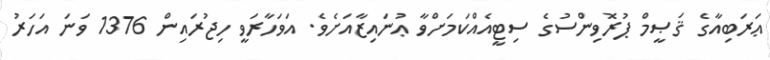
ޢަރަބިއާގެ ޤަޞީމް ޕުރޮވިންސުގެ ސިޓީއެއްކަމަށްވާ ޢުނައިޒާއަށެވެ. އަވަހާރަވީ ހިޖުރައިން 1376 ވަނަ އަހަރު